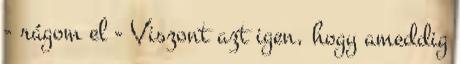
- rágom el - Viszont azt igen, hogy ameddig